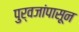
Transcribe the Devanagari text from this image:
पुर्वजांपासून